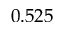
0 . 5 2 5